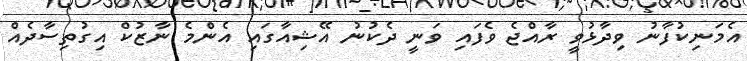
އެމަނިކުފާނު ވިދާޅުވީ ރާއްޖެ ވެފައި ވަނީ ދެކުނު އޭޝިއާގައި އެންމެ ނާޒުކް އިގުތިސާދެއް